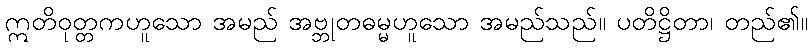
ဣတိဝုတ္တကဟူသော အမည် အဗ္ဘုတဓမ္မဟူသော အမည်သည်။ ပတိဋ္ဌိတာ၊ တည်၏။